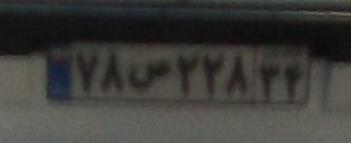
۷۸ص۲۲۸۳۴